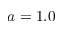
a = 1 . 0